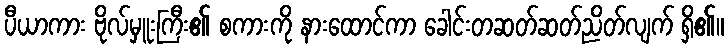
ပီယာကား ဗိုလ်မှူးကြီး၏ စကားကို နားထောင်ကာ ခေါင်းတဆတ်ဆတ်ညိတ်လျက် ရှိ၏။